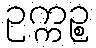
ဥက္ကဉ္စ